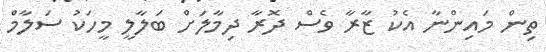
ތިން މައިންނާ އެކު ޒާރާ ވެސް ދޮރާ ދިމާލަށް ބަލާލީ މީހަކު ސަލާމް